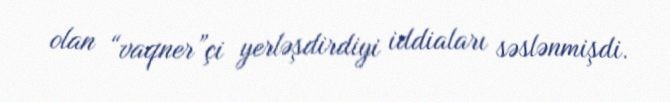
olan “vaqner”çi yerləşdirdiyi iddiaları səslənmişdi.